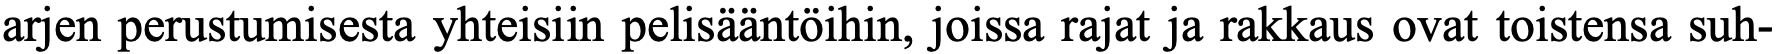
arjen perustumisesta yhteisiin pelisääntöihin, joissa rajat ja rakkaus ovat toistensa suh-